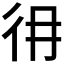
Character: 𢓏